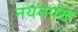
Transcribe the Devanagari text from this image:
नयनपंख